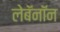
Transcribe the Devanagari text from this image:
लेबॅनॉन